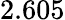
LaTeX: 2.605